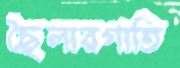
ছৈলারগাতি